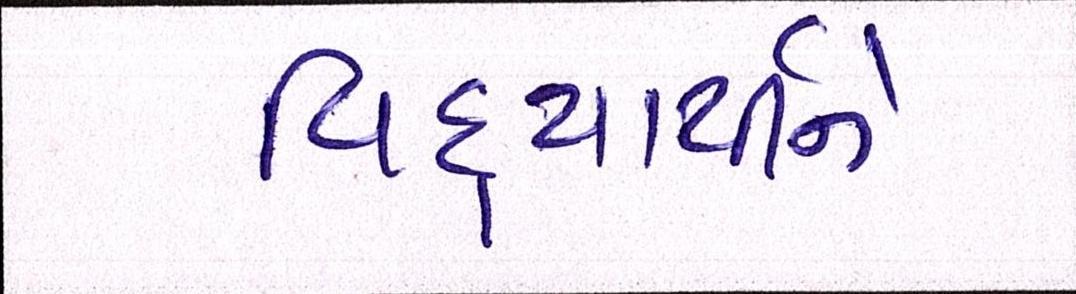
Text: વિદ્યાર્થીને